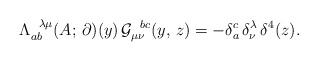
LaTeX: \begin{align*}\Lambda^{\hskip2mm\lambda\mu}_{ab}(A;\,\partial)(y)\,{\cal G}_{\mu\nu}^{\hskip2mm bc}(y,\,z)=-\delta^c_a\,\delta^\lambda_\nu\,\delta^4(z).\end{align*}